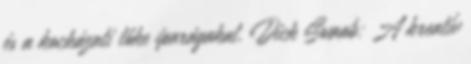
és a kockázati tőke iparágakat. Dick Swaab: A kreatív